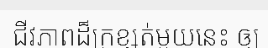
ជីវភាពដ៏ក្រខ្សត់មួយនេះ ឲ្យ